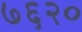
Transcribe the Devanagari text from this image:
७६२०